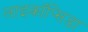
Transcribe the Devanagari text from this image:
लाइकॉप्सिडा